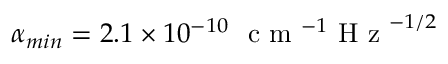
\alpha _ { m i n } = 2 . 1 \times 1 0 ^ { - 1 0 } ~ \textrm { c m } ^ { - 1 } \textrm { H z } ^ { - 1 / 2 }